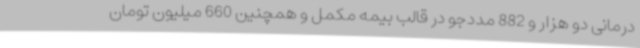
درمانی دو هزار و 882 مددجو در قالب بیمه مکمل و همچنین 660 میلیون تومان